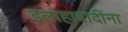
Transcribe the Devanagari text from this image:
इलाहाबादींना